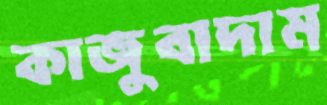
কাজুবাদাম